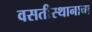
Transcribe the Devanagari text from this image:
वसतीस्थानाचा